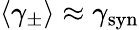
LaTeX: \langle\gamma_{\pm}\rangle\approx\gamma_{\mathrm{syn}}